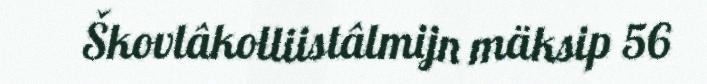
Škovlâkolliistâlmijn mäksip 56